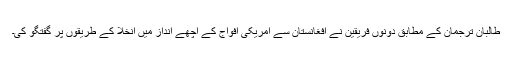
طالبان ترجمان کے مطابق دونوں فریقین نے افغانستان سے امریکی افواج کے اچھے انداز میں انخلا کے طریقوں پر گفتگو کی۔